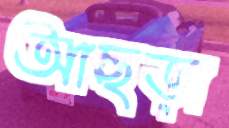
আছড়া